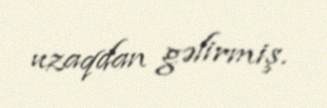
uzaqdan gəlirmiş.